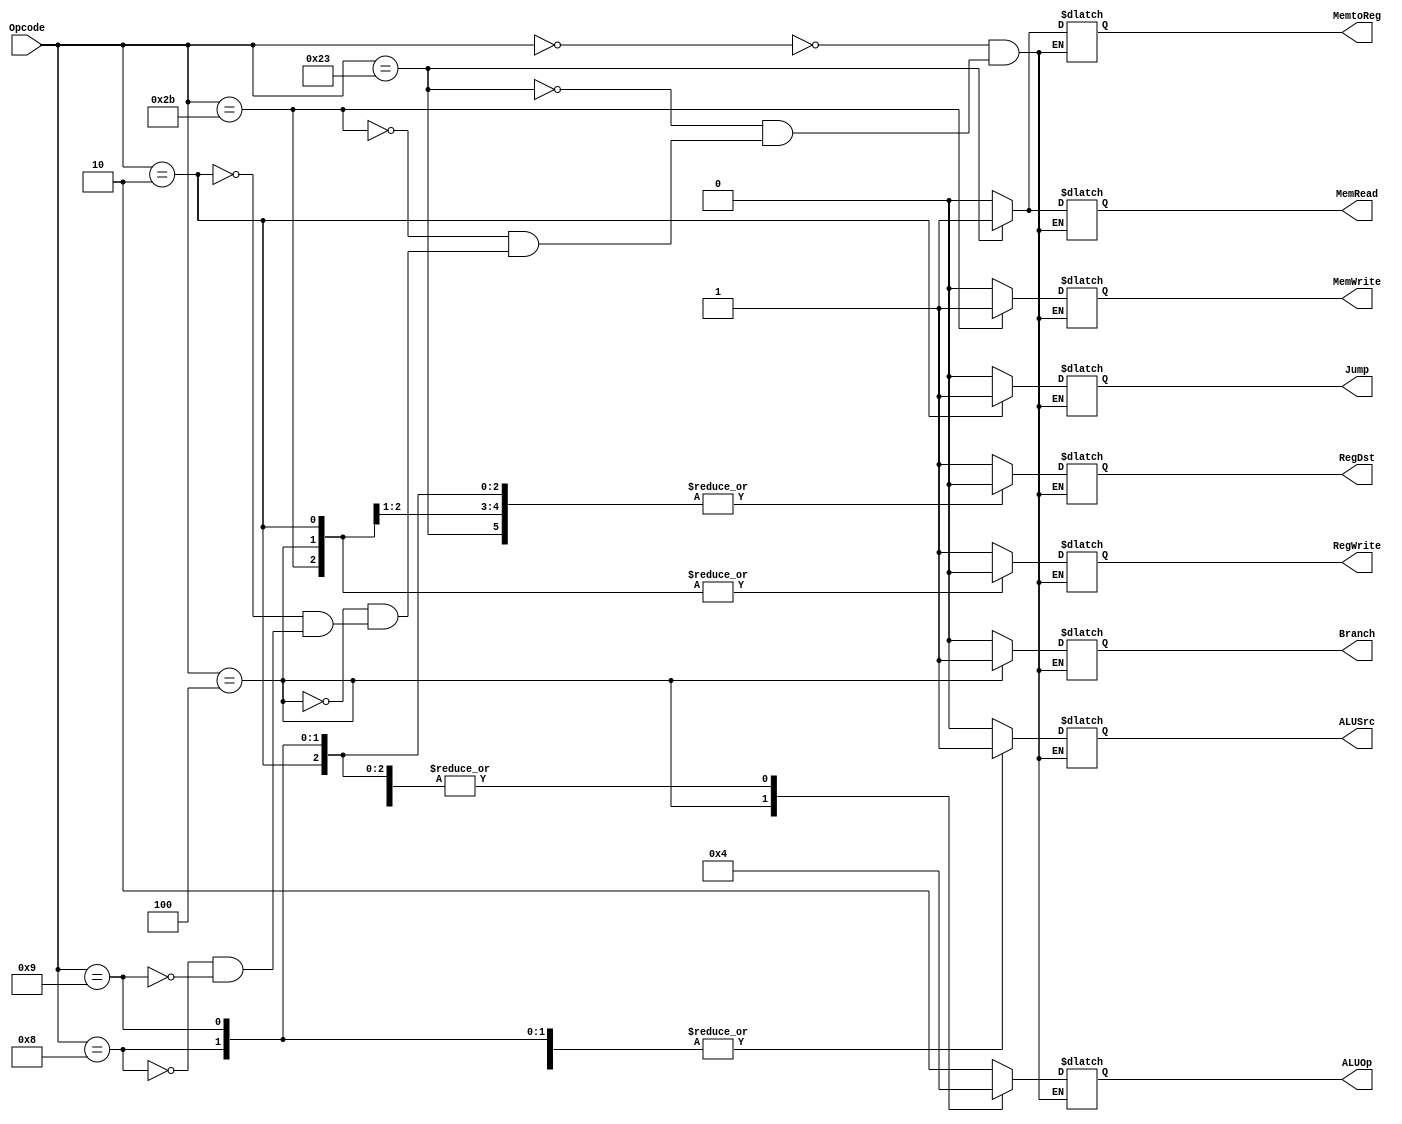
module controlUnit (Opcode, RegDst, ALUSrc, MemtoReg, RegWrite,  MemRead, MemWrite, Branch, ALUOp, Jump);
  input [5:0] Opcode;
  output reg RegDst, ALUSrc, MemtoReg, RegWrite,  MemRead, MemWrite, Branch, Jump;
  output reg [1:0] ALUOp;
  
  always @ (Opcode)
    begin
      case (Opcode)
	6'b000000: // R-format: Instructions add, addi, 
	  begin
	    RegDst = 1; ALUSrc = 0; MemtoReg = 0; RegWrite = 1; MemRead = 0; MemWrite = 0; Branch = 0; Jump = 0;
	    ALUOp = 2'b10;
	  end
	6'b100011: // lw
	  begin	
	    RegDst = 0; ALUSrc = 1; MemtoReg = 1; RegWrite = 1; MemRead = 1; MemWrite = 0; Branch = 0; Jump = 0;
	    ALUOp = 2'b00;
	  end
	6'b101011: // sw
	  begin	
	    RegDst = 0; ALUSrc = 1; MemtoReg = 0; RegWrite = 0; MemRead = 0; MemWrite = 1; Branch = 0; Jump = 0;
	    ALUOp = 2'b00;
	  end
	6'b000100: // beq
	  begin
	    RegDst = 0; ALUSrc = 0; MemtoReg = 0; RegWrite = 0; MemRead = 0; MemWrite = 0; Branch = 1; Jump = 0;
	    ALUOp = 2'b01;
	  end
	6'b000010: // jump
	  begin
	    RegDst = 0; ALUSrc = 0; MemtoReg = 0; RegWrite = 0; MemRead = 0; MemWrite = 0; Branch = 0; Jump = 1;
	    ALUOp = 2'b00;
	  end
	6'b001000: // addi
	  begin
	    RegDst = 0; ALUSrc = 1; MemtoReg = 0; RegWrite = 1; MemRead = 0; MemWrite = 0; Branch = 0; Jump = 0;
	    ALUOp = 2'b00;
	  end
	6'b001001: // addiu
	  begin
	    RegDst = 0; ALUSrc = 1; MemtoReg = 0; RegWrite = 1; MemRead = 0; MemWrite = 0; Branch = 0; Jump = 0;
	    ALUOp = 2'b00;
	  end

      endcase
    end

endmodule